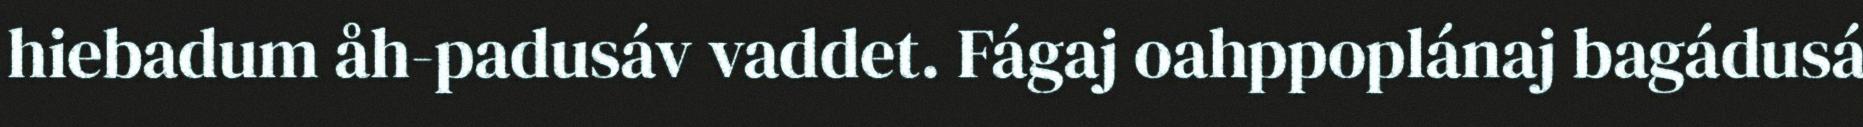
hiebadum åh-padusáv vaddet. Fágaj oahppoplánaj bagádusá